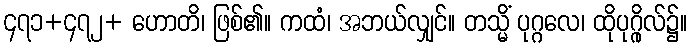
၄၇၁+၄၇၂+ ဟောတိ၊ ဖြစ်၏။ ကထံ၊ အဘယ်လျှင်။ တသ္မိံ ပုဂ္ဂလေ၊ ထိုပုဂ္ဂိုလ်၌။